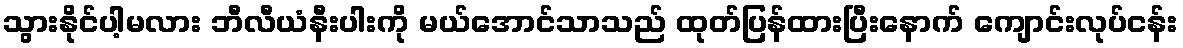
သွားနိုင်ပါ့မလား ဘီလီယံနီးပါးကို မယ်အောင်သာသည် ထုတ်ပြန်ထားပြီးနောက် ကျောင်းလုပ်ငန်း